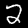
Label: 2